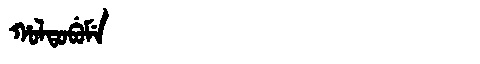
Manchu: ᡥᠣᠯᡨᠣᠪᡠᠮᡝ
Romanization: HOLTOBUME